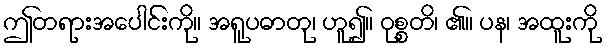
ဤတရားအပေါင်းကို။ အရူပဓာတု၊ ဟူ၍။ ဝုစ္စတိ၊ ၏။ ပန၊ အထူးကို